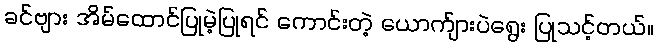
ခင်ဗျား အိမ်ထောင်ပြုမဲ့ပြုရင် ကောင်းတဲ့ ယောက်ျားပဲရွေး ပြုသင့်တယ်။